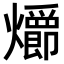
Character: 𪺄